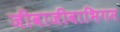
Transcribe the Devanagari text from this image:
जीवाजीवाभिगम